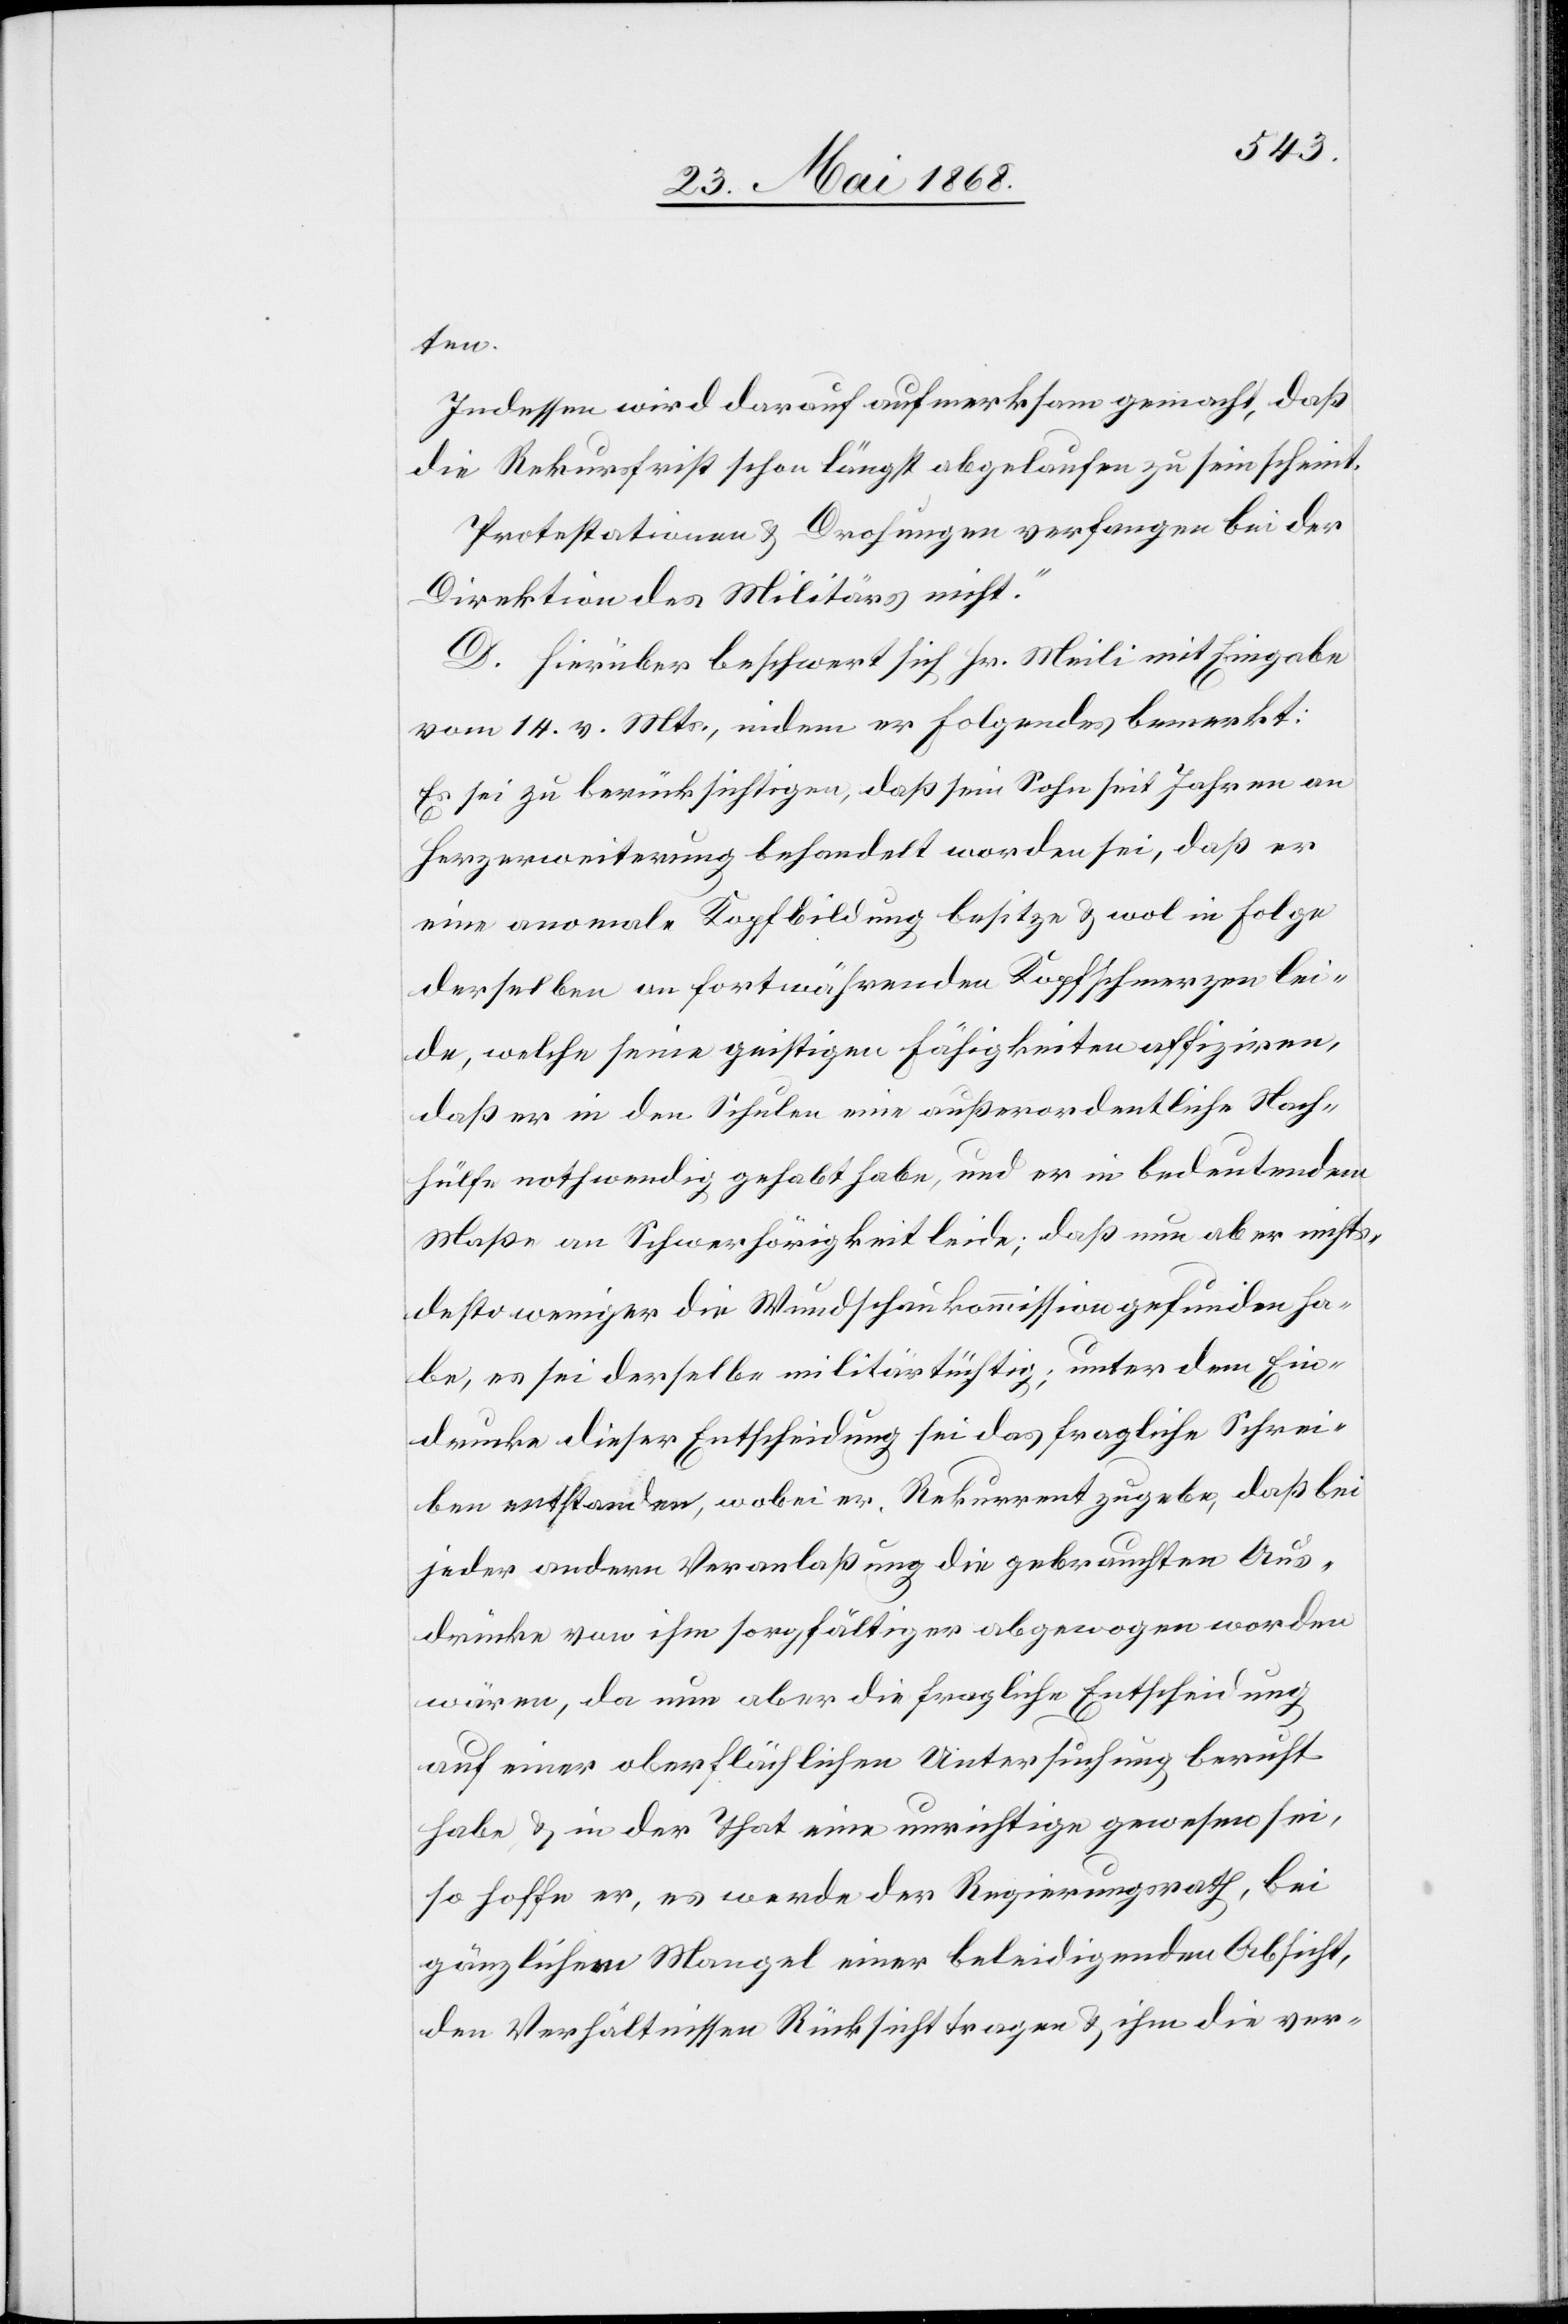
ten.
Indessen wird darauf aufmerksam gemacht, daß
die Rekursfrist schon längst abgelaufen zu sein scheint.
Protestationen & Drohungen verfangen bei der
Direktion des Militärs nicht.“
D. Hierüber beschwert sich Hr. Meili mit Eingabe
vom 14. v. Mts., indem er Folgendes bemerkt:
Es sei zu berücksichtigen, daß sein Sohn seit Jahren an
Herzerweiterung behandelt worden sei, daß er
eine anomale Kopfbildung besitze & wol in Folge
derselben an fortwährenden Kopfschmerzen lei¬
de, welche seine geistigen Fähigkeiten affiziren,
daß er in den Schulen eine außerordentliche Nach¬
hülfe nothwendig gehabt habe, und er in bedeutendem
Maße an Schwerhörigkeit leide; daß nun aber nichts¬
destoweniger die Wundschaukommission gefunden ha¬
be, es sei derselbe militärtüchtig; unter dem Ein¬
drucke dieser Entscheidung sei das fragliche Schrei¬
ben entstanden, wobei er, Rekurrent zugebe, daß bei
jeder andern Veranlaßung die gebrauchten Aus¬
drücke von ihm sorgfältiger abgewogen worden
wären, da nun aber die fragliche Entscheidung
auf einer oberflächlichen Untersuchung beruht
habe & in der That eine unrichtige gewesen sei,
so hoffe er, es werde der Regierungsrath, bei
gänzlichem Mangel einer beleidigenden Absicht,
den Verhältnissen Rücksicht tragen & ihm die ver-